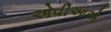
એવીઆએ